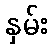
နှမ်း